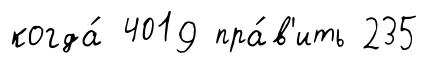
когда́ 4019 пра́в'ить 235